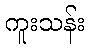
ကူးသန်း